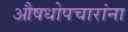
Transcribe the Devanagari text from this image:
औषधोपचारांना